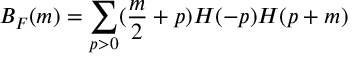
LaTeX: B _ { F } ( m ) = \sum _ { p > 0 } ( \frac { m } { 2 } + p ) H ( - p ) H ( p + m )